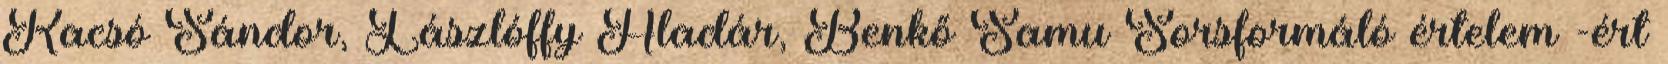
Kacsó Sándor, Lászlóffy Aladár, Benkő Samu Sorsformáló értelem -ért